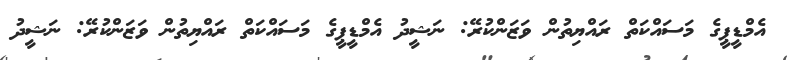
އެމްޑީޕީގެ މަސައްކަތް ރައްޔިތުން ވަޒަންކުރޭ: ނަޝީދު އެމްޑީޕީގެ މަސައްކަތް ރައްޔިތުން ވަޒަންކުރޭ: ނަޝީދު